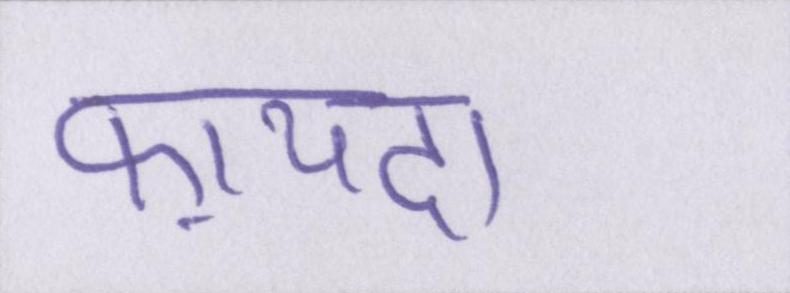
फ़ायदा